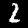
Digit: 2